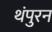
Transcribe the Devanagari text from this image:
थंपुरन